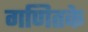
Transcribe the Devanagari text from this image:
गणितके